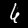
Digit: 6